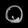
Digit: ၀